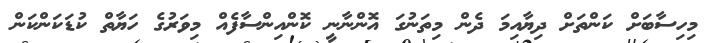
މިހިސާބަށް ކަންތަށް ދިޔާއިމަ ދެން މިތަނުގަ އޮންނާނީ ކޮންއިންސާފެއް މިވަރުގެ ހަޔާތް ކުޑަކަންކަން